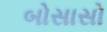
બોસાસો